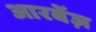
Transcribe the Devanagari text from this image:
आरबेंज़